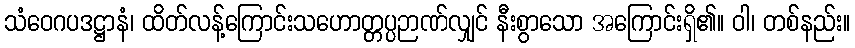
သံဝေဂပဒဋ္ဌာနံ၊ ထိတ်လန့်ကြောင်းသဟောတ္တပ္ပဉာဏ်လျှင် နီးစွာသော အကြောင်းရှိ၏။ ဝါ၊ တစ်နည်း။